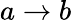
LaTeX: a\rightarrow b